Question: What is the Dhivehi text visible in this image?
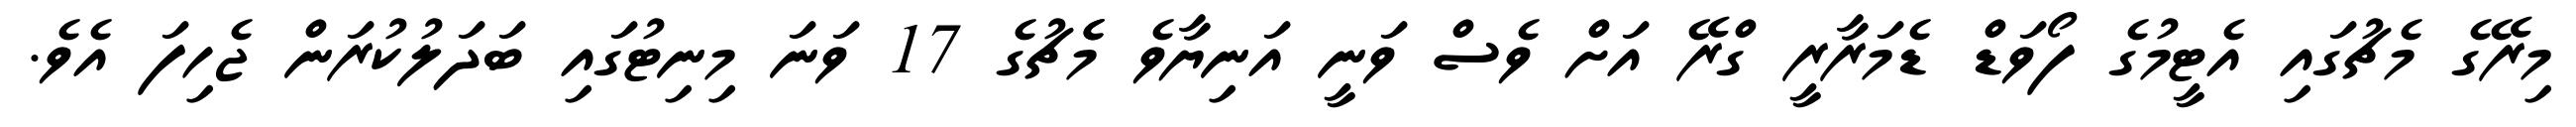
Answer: މިރޭގެ މެޗުގައި އެޓީމުގެ ފޯވަޑް ޑެމަރާރީ ގްރޭ އަށް ވެސް ވަނީ އަނިޔާވެ މެެޗުގެ 17 ވަނަ މިނިޓުގައި ބަދަލުކުރަން ޖެހިފަ އެވެ.